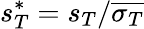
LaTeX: s_{T}^{*}=s_{T}/\overline{{\sigma_{T}}}